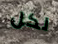
لكل